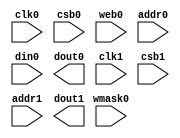
// SPDX-FileCopyrightText: 2020 Efabless Corporation
//
// Licensed under the Apache License, Version 2.0 (the "License");
// you may not use this file except in compliance with the License.
// You may obtain a copy of the License at
//
//      http://www.apache.org/licenses/LICENSE-2.0
//
// Unless required by applicable law or agreed to in writing, software
// distributed under the License is distributed on an "AS IS" BASIS,
// WITHOUT WARRANTIES OR CONDITIONS OF ANY KIND, either express or implied.
// See the License for the specific language governing permissions and
// limitations under the License.
// SPDX-License-Identifier: Apache-2.0


// OpenRAM SRAM model
// Words: 256
// Word size: 32
// Write size: 8

module sky130_sram_1kbyte_1rw1r_32x256_8(
`ifdef USE_POWER_PINS
    vccd1,
    vssd1,
`endif
// Port 0: RW
    clk0,csb0,web0,wmask0,addr0,din0,dout0,
// Port 1: R
    clk1,csb1,addr1,dout1
  );

  parameter NUM_WMASKS = 4 ;
  parameter DATA_WIDTH = 32 ;
  parameter ADDR_WIDTH = 8 ;
  parameter RAM_DEPTH = 1 << ADDR_WIDTH;
  // FIXME: This delay is arbitrary.
  parameter DELAY = 3 ;
  parameter VERBOSE = 1 ; //Set to 0 to only display warnings
  parameter T_HOLD = 1 ; //Delay to hold dout value after posedge. Value is arbitrary

`ifdef USE_POWER_PINS
    inout vccd1;
    inout vssd1;
`endif
  input  clk0; // clock
  input   csb0; // active low chip select
  input  web0; // active low write control
  input [NUM_WMASKS-1:0]   wmask0; // write mask
  input [ADDR_WIDTH-1:0]  addr0;
  input [DATA_WIDTH-1:0]  din0;
  output [DATA_WIDTH-1:0] dout0;
  input  clk1; // clock
  input   csb1; // active low chip select
  input [ADDR_WIDTH-1:0]  addr1;
  output [DATA_WIDTH-1:0] dout1;

  

endmodule